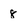
Character: 8